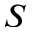
S